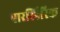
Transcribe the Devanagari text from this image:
पारस्पिरिक